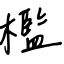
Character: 檻